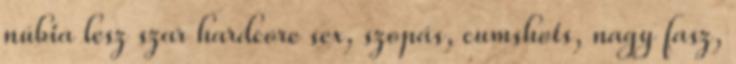
núbia lesz szar hardcore sex, szopás, cumshots, nagy fasz,